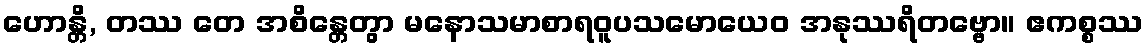
ဟောန္တိ, တဿ တေ အစိန္တေတွာ မနောသမာစာရဝူပသမောယေဝ အနုဿရိတဗ္ဗော။ ဧကစ္စဿ